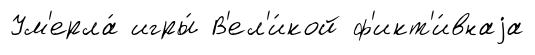
Ум'ерла́ игры́ В'ел'и́кой ф'икт'и́внаjа